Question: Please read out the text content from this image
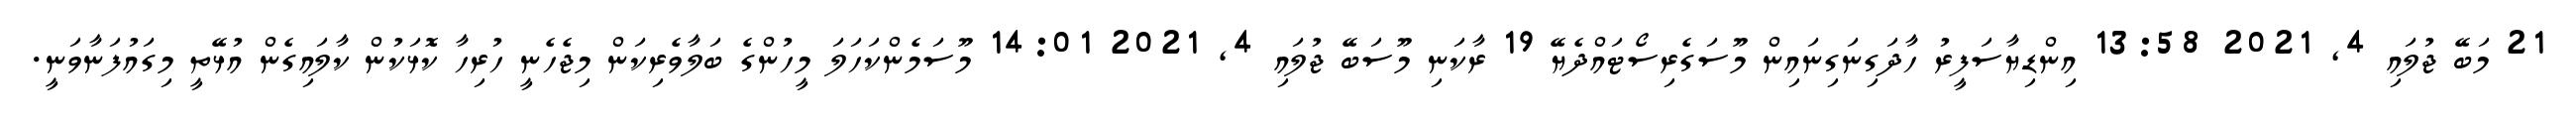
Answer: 21 މަބޭ ޖުލައި 4, 2021 13:58 އިންޑިޔާސަފީރު ހާދަގިނަގިނައިން މޫސަގެރިސޯޓައްދެޔޭ 19 ރާކަނި މޫސަބޭ ޖުލައި 4, 2021 14:01 މޫސަމެންކަހަލަ މީހުންގެ ބަލާވެރިކަން މިޖެހެނީ ހުރިހާ ކޮޅަކުން ކާލައިގެން އުޅޭތީ މިގައުފަނާވަނީ.